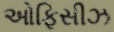
ઓફિસીઝ